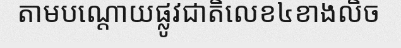
តាមបណ្តោយផ្លូវជាតិលេខ៤ខាងលិច